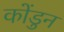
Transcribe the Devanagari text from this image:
कोंडुन